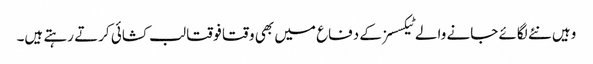
وہیں نئے لگائے جانے والے ٹیکسسز کے دفاع میں بھی وقتا فوقتا لب کشائی کرتے رہتے ہیں۔